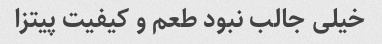
خیلی جالب نبود طعم و کیفیت پیتزا